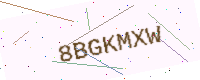
Text: 8BGKMXW